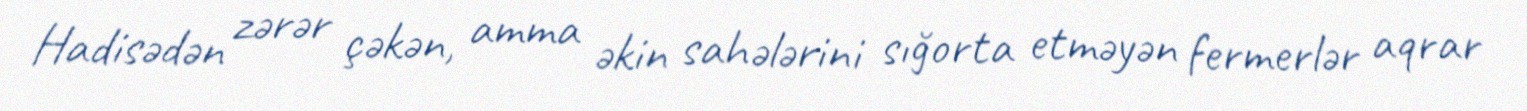
Hadisədən zərər çəkən, amma əkin sahələrini sığorta etməyən fermerlər aqrar